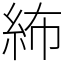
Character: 𥿠